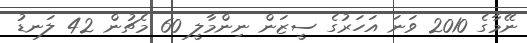
ނޭމާގެ 2010 ވަނަ އަހަރުގެ ސީޒަން ނިންމާލީ 60 މެޗުން 42 ލަނޑު